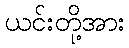
ယင်းတို့အား